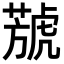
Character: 𦻮